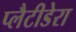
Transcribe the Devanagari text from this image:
प्लैटीडेरा